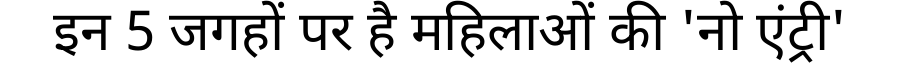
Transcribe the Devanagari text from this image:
इन 5 जगहों पर है महिलाओं की 'नो एंट्री'